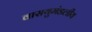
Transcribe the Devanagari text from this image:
वासयुमंडलीय